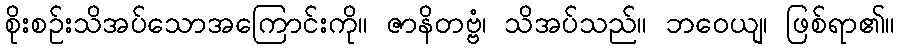
စိုးစဉ်းသိအပ်သောအကြောင်းကို။ ဇာနိတဗ္ဗံ၊ သိအပ်သည်။ ဘဝေယျ၊ ဖြစ်ရာ၏။